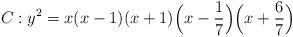
LaTeX: \begin{align*}C:y^{2} = x(x-1)(x+1)\Bigl(x-\frac{1}{7}\Bigr)\Bigl(x+\frac{6}{7}\Bigr)\end{align*}